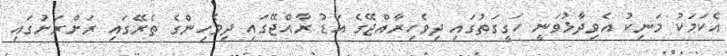
އެކަމަކު މަނިކު އެވިދާޅުވަނީ ހަގީގަތުގައި ދިވެހިރާއްޖޭގެ އަޑު ރާއްޖޭގައި ދިވެހިންގެ ތެރޭގައި ރަށްރަށުގައި